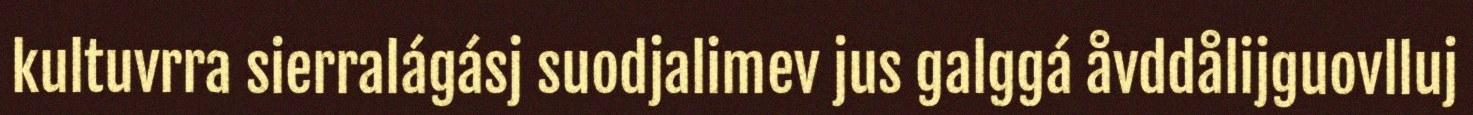
kultuvrra sierralágásj suodjalimev jus galggá åvddålijguovlluj